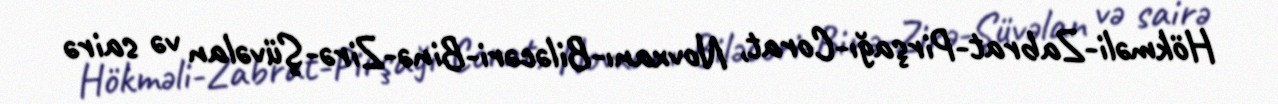
Hökməli-Zabrat-Pirşağı-Corat, Novxanı-Biləcəri-Binə-Zirə-Şüvəlan və sairə